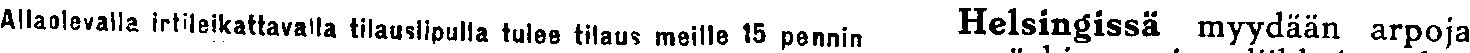
Allaolevalla irtileikattavalla tilauslipulla tulee tilaus meille 15 pennin Helsingissä myydään arpoja